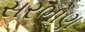
સરભોણ